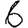
Digit: 6